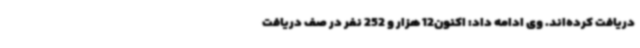
دریافت کرده‌اند. وی ادامه داد: اکنون12 هزار و 252 نفر در صف دریافت